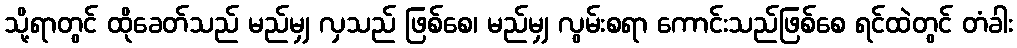
သို့ရာတွင် ထိုခေတ်သည် မည်မျှ လှသည် ဖြစ်စေ၊ မည်မျှ လွမ်းစရာ ကောင်းသည်ဖြစ်စေ ရင်ထဲတွင် တံခါး